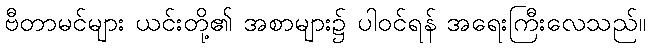
ဗီတာမင်များ ယင်းတို့၏ အစာများ၌ ပါဝင်ရန် အရေးကြီးလေသည်။